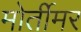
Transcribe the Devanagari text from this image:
मोर्तीमर